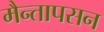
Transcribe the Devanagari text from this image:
मैन्तापसन